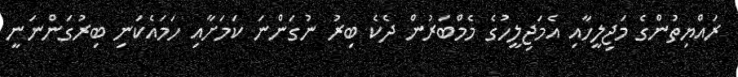
ރައްޔިތުންގެ މަޖިލީހާއި އެމަޖިލީހުގެ މެމްބަރުން ދެކެ ބިރު ނުގަންނަ ކަމަށާއި ހަމައެކަނި ބިރުގަންނަނީ